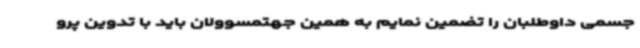
جسمی داوطلبان را تضمین نمایم به همین جهتمسوولان باید با تدوین پرو